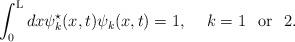
LaTeX: \begin{align*}\int_{0}^{\rm L} dx {\psi}^{\star}_k(x,t) {\psi}_k(x,t) =1,\hspace{5 mm} k=1 \hspace{3 mm} {\rm or} \hspace{3 mm} 2.\end{align*}